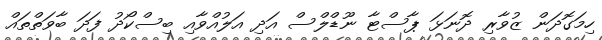
ހިމަގޮދަން ޒުވާރި ދޮނަޅަ ޕާސްޓާ ނޫޑްލްސް އަދި އަލުއްވާއި ބިސްކޯދު ފަދަ ބާވަތްތައް